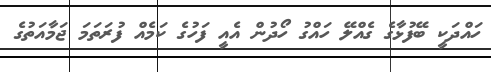
ހައްދަކީ ބޭފުޅާގެ ގެއްލޭ ހައްގު ހޯދުން އެއީ ފަހުގެ ކަމެއް ފުރަތަމަ ޖަމާއަތުގެ